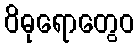
ဝိဓုရောတွေဝ